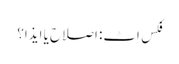
فِکس اِٹ: اصلاح یا ایذا؟